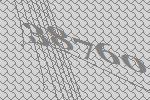
38760